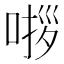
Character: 𭈵